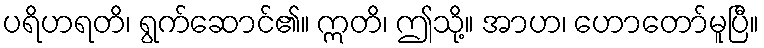
ပရိဟရတိ၊ ရွက်ဆောင်၏။ ဣတိ၊ ဤသို့။ အာဟ၊ ဟောတော်မူပြီ။